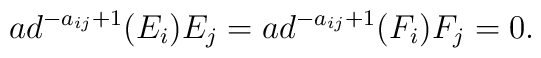
ad^{-a_{ij}+1}(E_{i})E_{j}=ad^{-a_{ij}+1}(F_{i})F_{j}=0.